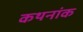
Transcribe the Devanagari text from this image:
कथनांक